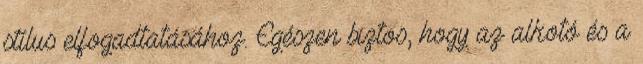
stílus elfogadtatásához. Egészen biztos, hogy az alkotó és a